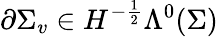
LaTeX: \partial\Sigma_{v}\in H^{-\frac{1}{2}}\Lambda^{0}(\Sigma)